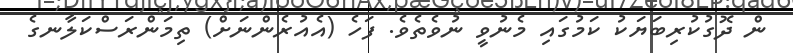
ން ދޮގުކުރިބަޔަކު ކަމުގައި މެނުވީ ނުވެތެވެ. ފަހެ (އެއުރެންނަށް) ތިމަންރަސްކަލާނގެ